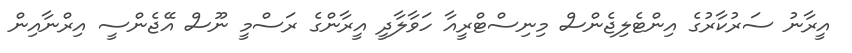
އީރާނު ސަރުކާރުގެ އިންޓެލިޖެންސް މިނިސްޓްރީއާ ހަވާލާދީ އީރާންގެ ރަސްމީ ނޫސް އޭޖެންސީ އިރްނާއިން